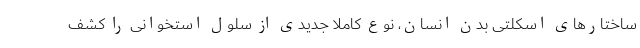
ساختارهای اسکلتی بدن انسان، نوع کاملاً جدیدی از سلول استخوانی را کشف